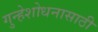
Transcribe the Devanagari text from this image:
गुन्हेशोधनासाठी